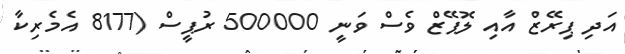
އަދި ޕިރޭޒް އާއި ލޮޕޭޒް ވެސް ވަނީ 500000 ރުޕީސް (8177 އެމެރިކާ